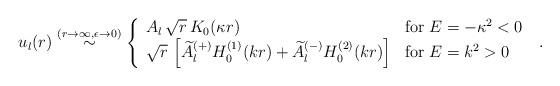
LaTeX: \begin{align*}u_{l}(r) \stackrel{(r \rightarrow \infty, \epsilon \rightarrow 0)}{\sim}\left\{ \begin{array}{ll}A_{l} \,\sqrt{r} \, K_{0} ( \kappa r ) &{\rm for} \; E=-\kappa^{2}<0\\\sqrt{r} \,\left[\widetilde{A}_{l}^{(+)} H^{(1)}_{0} ( k r )+\widetilde{A}_{l}^{(-)} H^{(2)}_{0} ( k r )\right]& {\rm for} \; E=k^{2}>0\end{array} \right.\; .\end{align*}